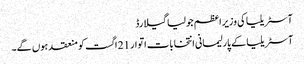
آسٹریلیا کی وزیر اعظم جولیا گیلارڈ
آسٹریلیا کے پارلیمانی انتخابات اتوار 21 اگست کو منعقد ہوں گے۔